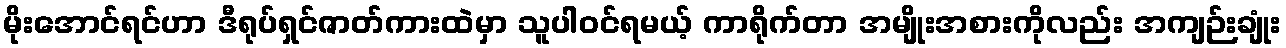
မိုးအောင်ရင်ဟာ ဒီရုပ်ရှင်ဇာတ်ကားထဲမှာ သူပါဝင်ရမယ့် ကာရိုက်တာ အမျိုးအစားကိုလည်း အကျဉ်းချုံး